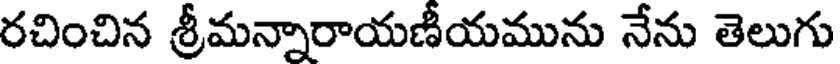
రచించిన శ్రీమన్నారాయణీయమును నేను తెలుగు